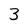
Character: 3